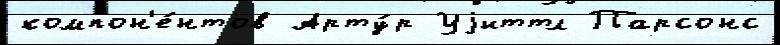
компон'е́нтов Арту́р Уjиттл Парсонс